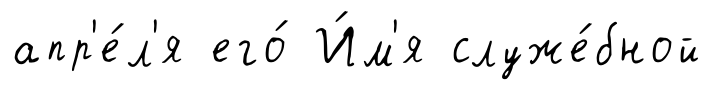
апр'е́л'я его́ И́м'я служе́бной